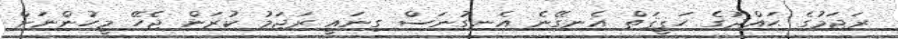
ރަޖަމުގެ ޙައްދުގެ ޙަޤީޤަތް އެނގޭނެ އެނގުނަސް ގިނައީ ރަޖަމު ކުރަން ޖެހޭ މީހުންނަށް